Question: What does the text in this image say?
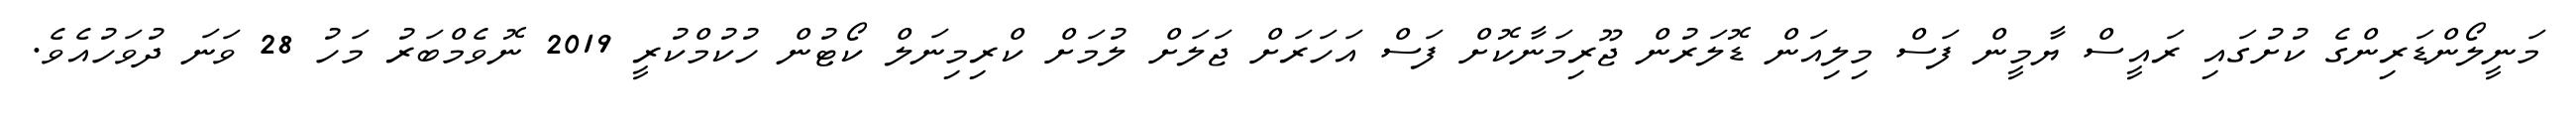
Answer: މަނީލޯންޑަރިންގެ ކުށުގައި ރައީސް ޔާމީން ފަސް މިލިއަން ޑޮލަރުން ޖޫރިމަނާކޮށް ފަސް އަހަރަށް ޖަލަށް ލުމަށް ކްރިމިނަލް ކޯޓުން ހުކުމްކުރީ 2019 ނޮވެމްބަރު މަހު 28 ވަނަ ދުވަހުއެވެ.